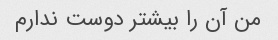
من آن را بیشتر دوست ندارم